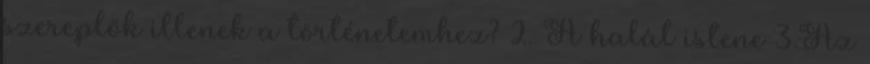
szereplők illenek a történetemhez? 2. A halál istene 3.Az